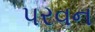
પરવન